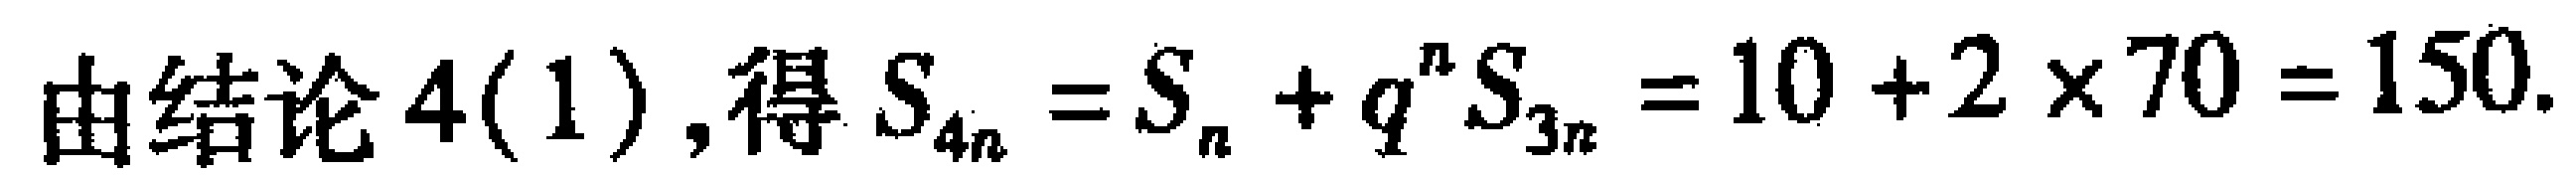
由结论 4(1),得 \(S_{4n}=S_{n}+q^{n}S_{3n}=10 + 2\times70 = 150\).